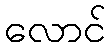
လောင်